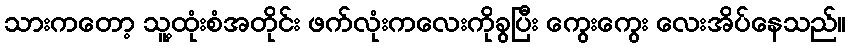
သားကတော့ သူ့ထုံးစံအတိုင်း ဖက်လုံးကလေးကိုခွပြီး ကွေးကွေး လေးအိပ်နေသည်။